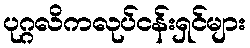
ပုဂ္ဂလိကလုပ်ငန်းရှင်များ